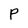
Character: P